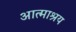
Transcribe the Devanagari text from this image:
आत्माश्रय